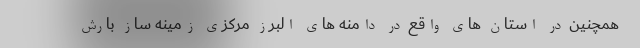
همچنین در استان های واقع در دامنه های البرز مرکزی زمینه ساز بارش